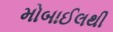
મોબાઈલથી